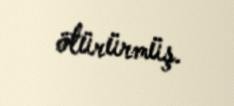
ötürürmüş.